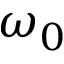
\omega _ { 0 }